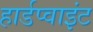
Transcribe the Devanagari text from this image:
हार्डप्वाइंट